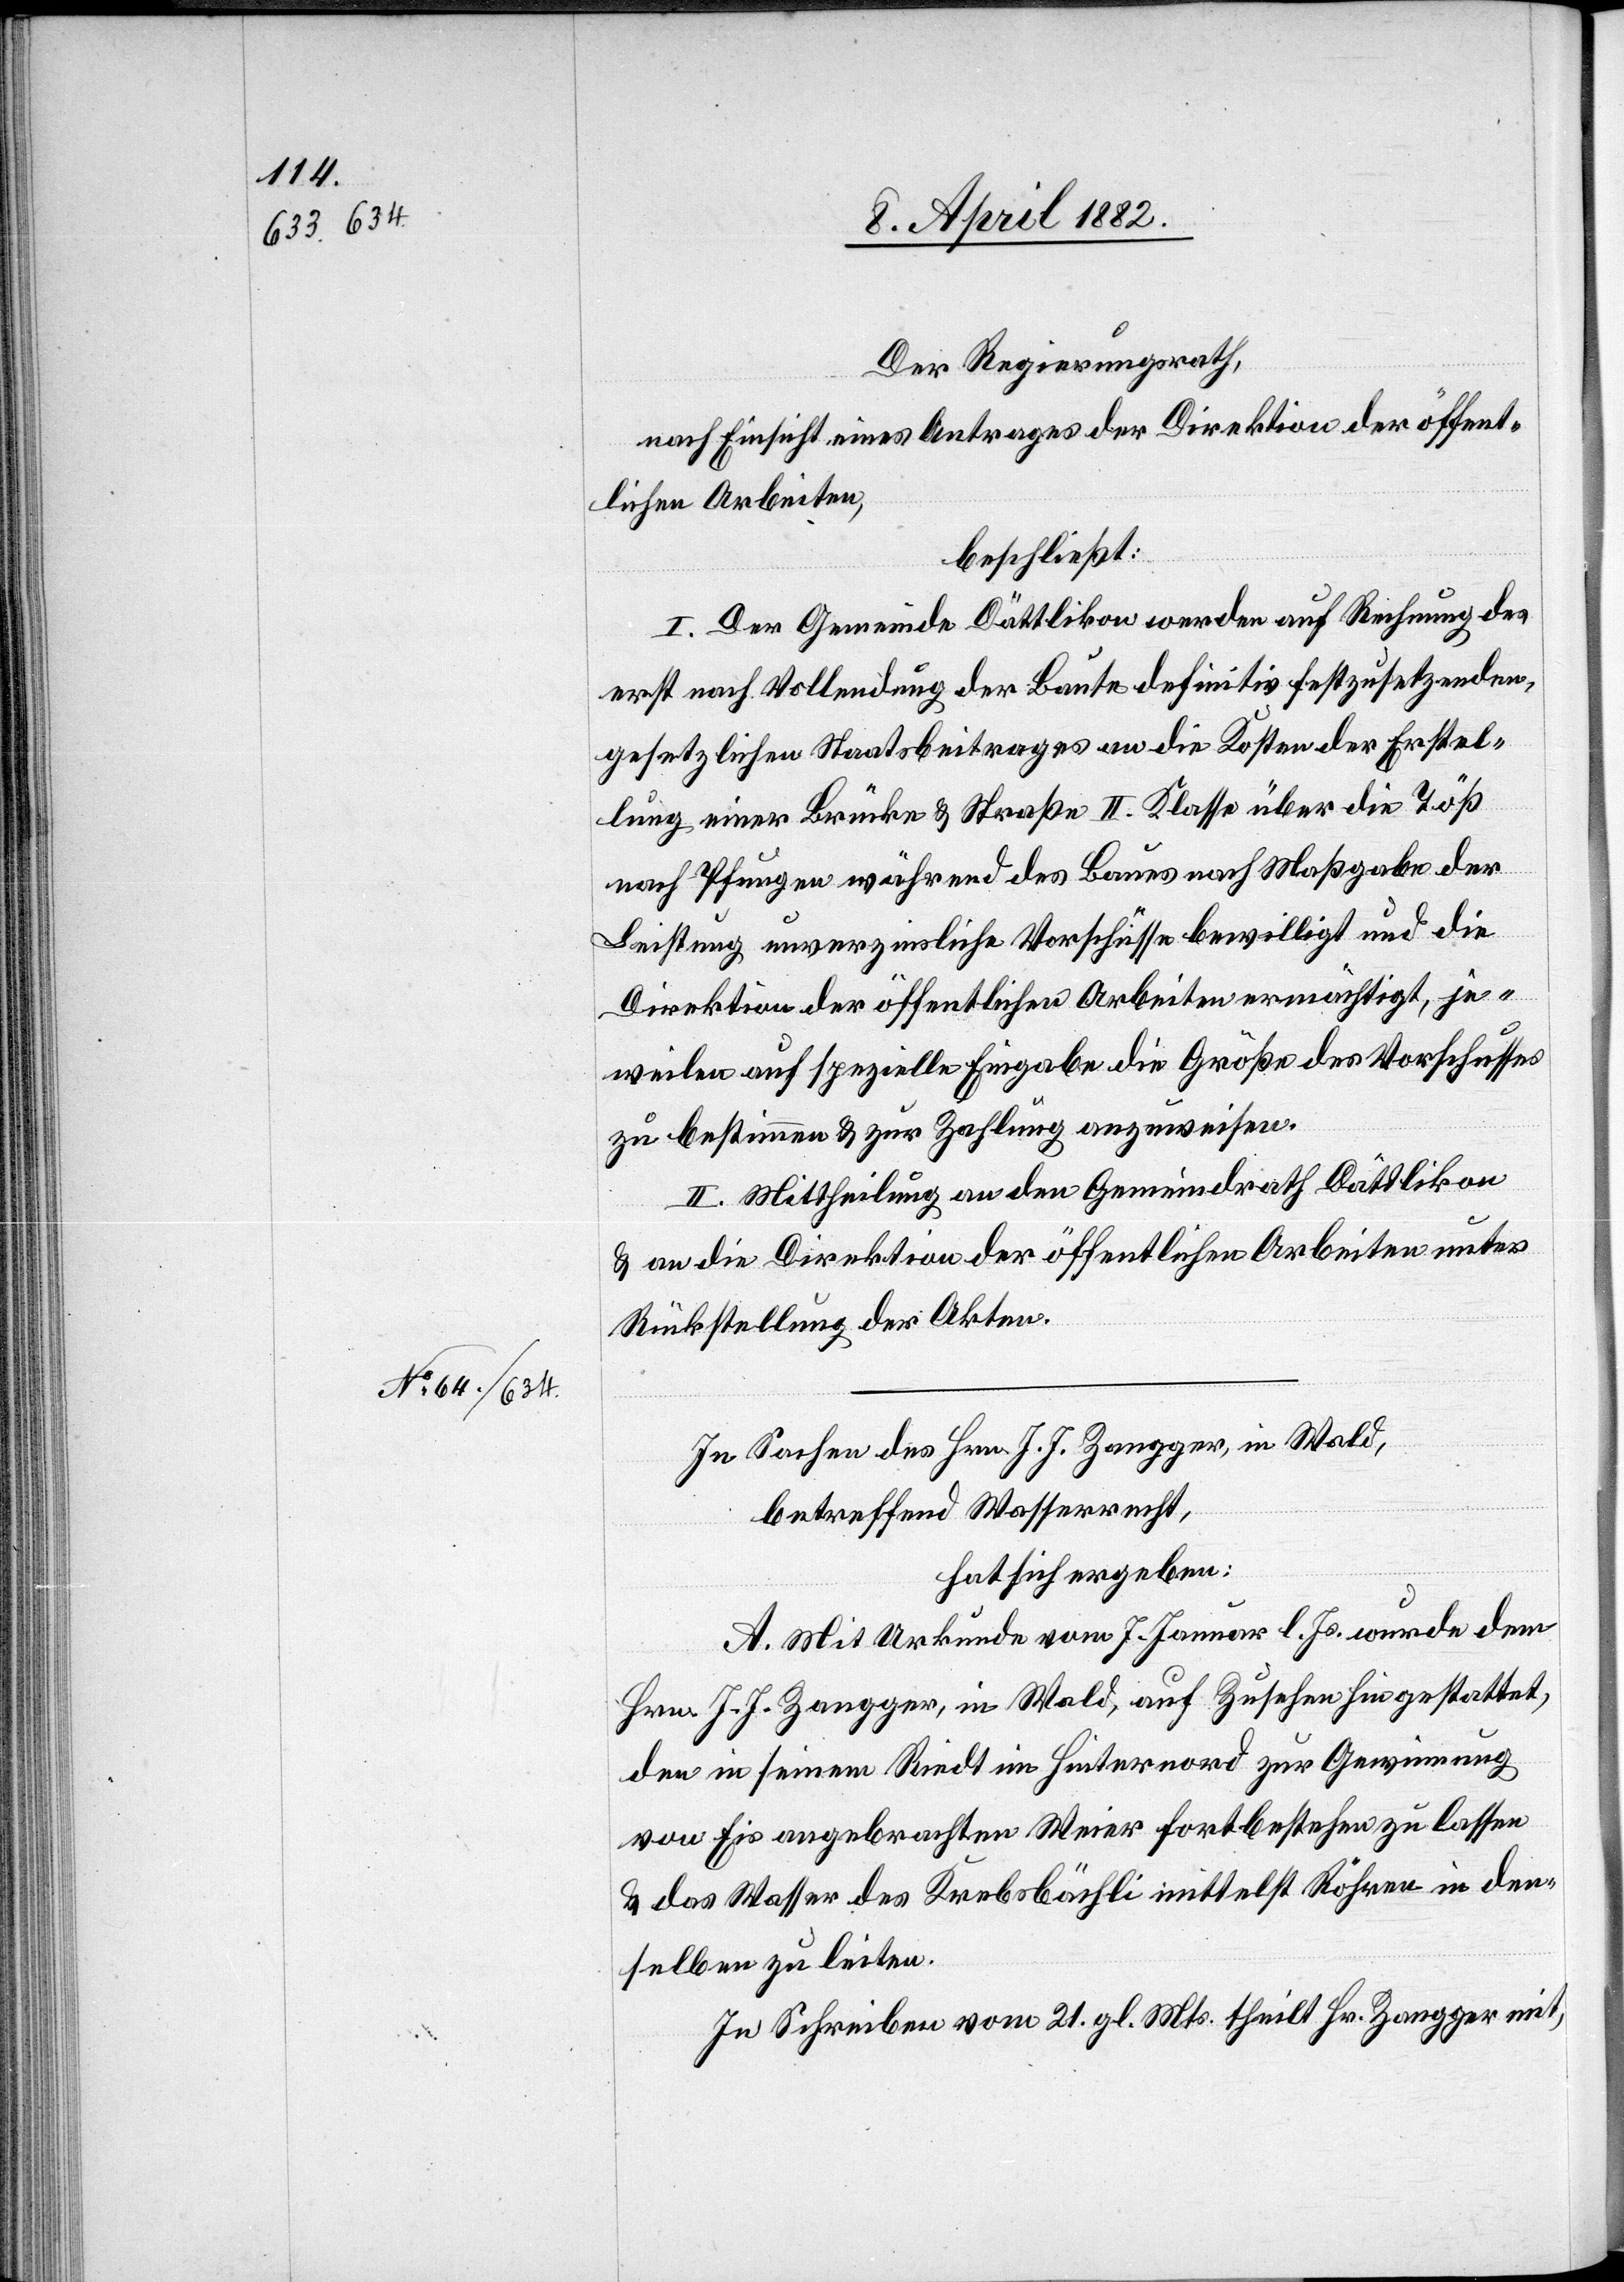
Der Regierungsrath,
nach Einsicht eines Antrages der Direktion der öffent¬
lichen Arbeiten,
beschließt:
I. Der Gemeinde Dättlikon werden auf Rechnung des
erst nach Vollendung der Baute definitiv festzusetzenden,
gesetzlichen Staatsbeitrages an die Kosten der Erstel¬
lung einer Brücke & Straße II. Klasse über die Töß
nach Pfungen während des Baues nach Maßgabe der
Leistung unverzinsliche Vorschüsse bewilligt und die
Direktion der öffentlichen Arbeiten ermächtigt, je¬
weilen auf spezielle Eingabe die Größe des Vorschusses
zu bestimmen & zur Zahlung anzuweisen.
II. Mittheilung an den Gemeindrath Dättlikon
& an die Direktion der öffentlichen Arbeiten unter
Rückstellung der Akten.